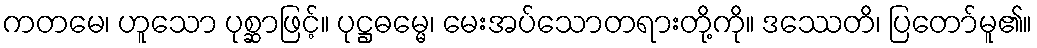
ကတမေ၊ ဟူသော ပုစ္ဆာဖြင့်။ ပုဋ္ဌဓမ္မေ၊ မေးအပ်သောတရားတို့ကို။ ဒဿေတိ၊ ပြတော်မူ၏။